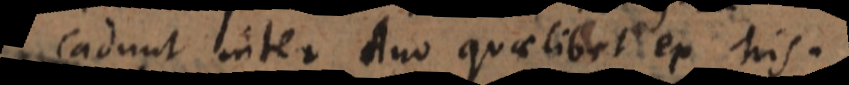
cadunt inter duo quaelibet ex his.